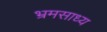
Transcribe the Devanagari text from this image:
भ्रमसाध्य